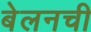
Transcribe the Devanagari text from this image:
बेलनची